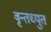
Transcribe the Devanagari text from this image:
वृन्तच्युत